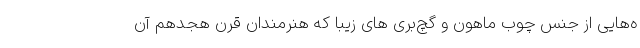
ه‌هایی از جنس چوب ماهون و گچ‌بری های زیبا که هنرمندان قرن هجدهم آن